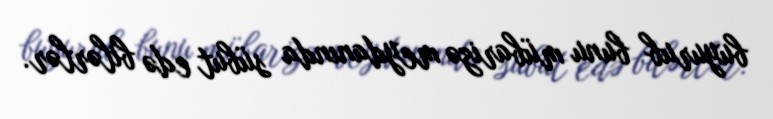
buyurub bunu mübarizə meydanında sübut edə bilərlər.